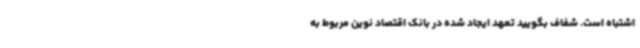
اشتباه است. شفاف بگویید تعهد ایجاد شده در بانک اقتصاد نوین مربوط به